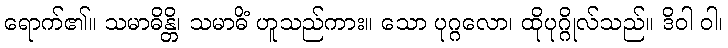
ရောက်၏။ သမာဓိန္တိ၊ သမာဓိံ ဟူသည်ကား။ သော ပုဂ္ဂလော၊ ထိုပုဂ္ဂိုလ်သည်။ ဒိဝါ ဝါ၊